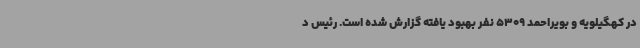
در کهگیلویه و بویراحمد 5309 نفر بهبود یافته گزارش شده است. رئیس د